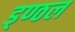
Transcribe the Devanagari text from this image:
ड्ण्ठल